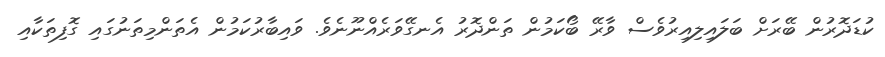
ކުޑަދޮރުން ބޭރަށް ބަލައިލިއިރުވެސް ވާރޭ ބޯކަމުން ތަންދޮރު އެނގޭވަރެއްނޫނެވެ. ވައިބާރުކަމުން އެތަންމިތަނުގައި ގޮފިތަކާއި